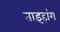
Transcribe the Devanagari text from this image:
ताइहांग